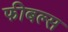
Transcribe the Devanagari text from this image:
फीबल्स